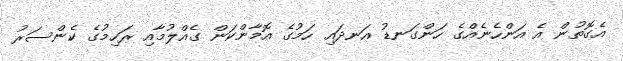
އެގޮތުން އެ އަންހެނެއްގެ ހަންގަނޑު އަނދައި ހަމުގެ އޮމާންކަން ގެއްލުމާއި ރަހިމުގެ ކެންސަރު